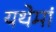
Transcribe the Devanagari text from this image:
यथेमां